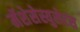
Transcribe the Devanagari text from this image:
मॅशेसेस्युसेटस